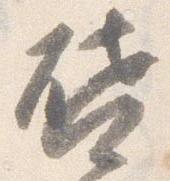
啓